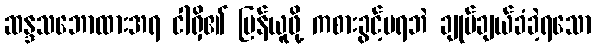
ဆန္ဒသဘောထားအရ ငါရှိ၏ ပြန်ယူဖို့ ကစားခွင့်မရဘဲ ချုပ်ချယ်ခံခဲ့ရသော